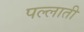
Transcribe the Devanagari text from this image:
पल्लाती